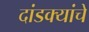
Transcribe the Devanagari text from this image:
दांडक्यांचे